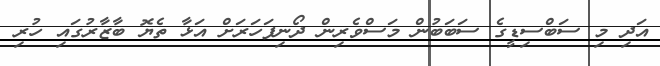
އަދި މި ސަބްސިޑީގެ ސަބަބުން މަސްވެރިން ދޯނިފަހަރަށް އަޅާ ތެޔޮ ބާޒާރުގައި ހުރި